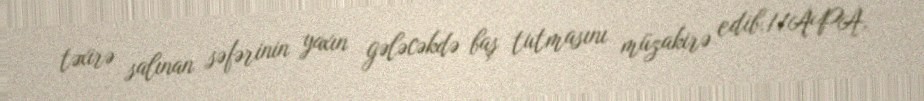
təxirə salınan səfərinin yaxın gələcəkdə baş tutmasını müzakirə edib.//APA.